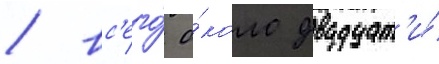
/ вс'его́ о́коло двадцат'и́